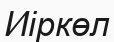
Иіркөл